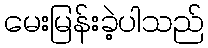
မေးမြန်းခဲ့ပါသည်